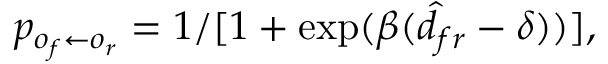
p _ { o _ { f } \leftarrow o _ { r } } = 1 / [ 1 + \exp ( \beta ( \hat { d } _ { f r } - \delta ) ) ] ,